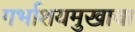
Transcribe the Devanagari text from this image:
गर्भाशयमुखाचा